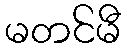
မတင်မီ